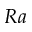
R a